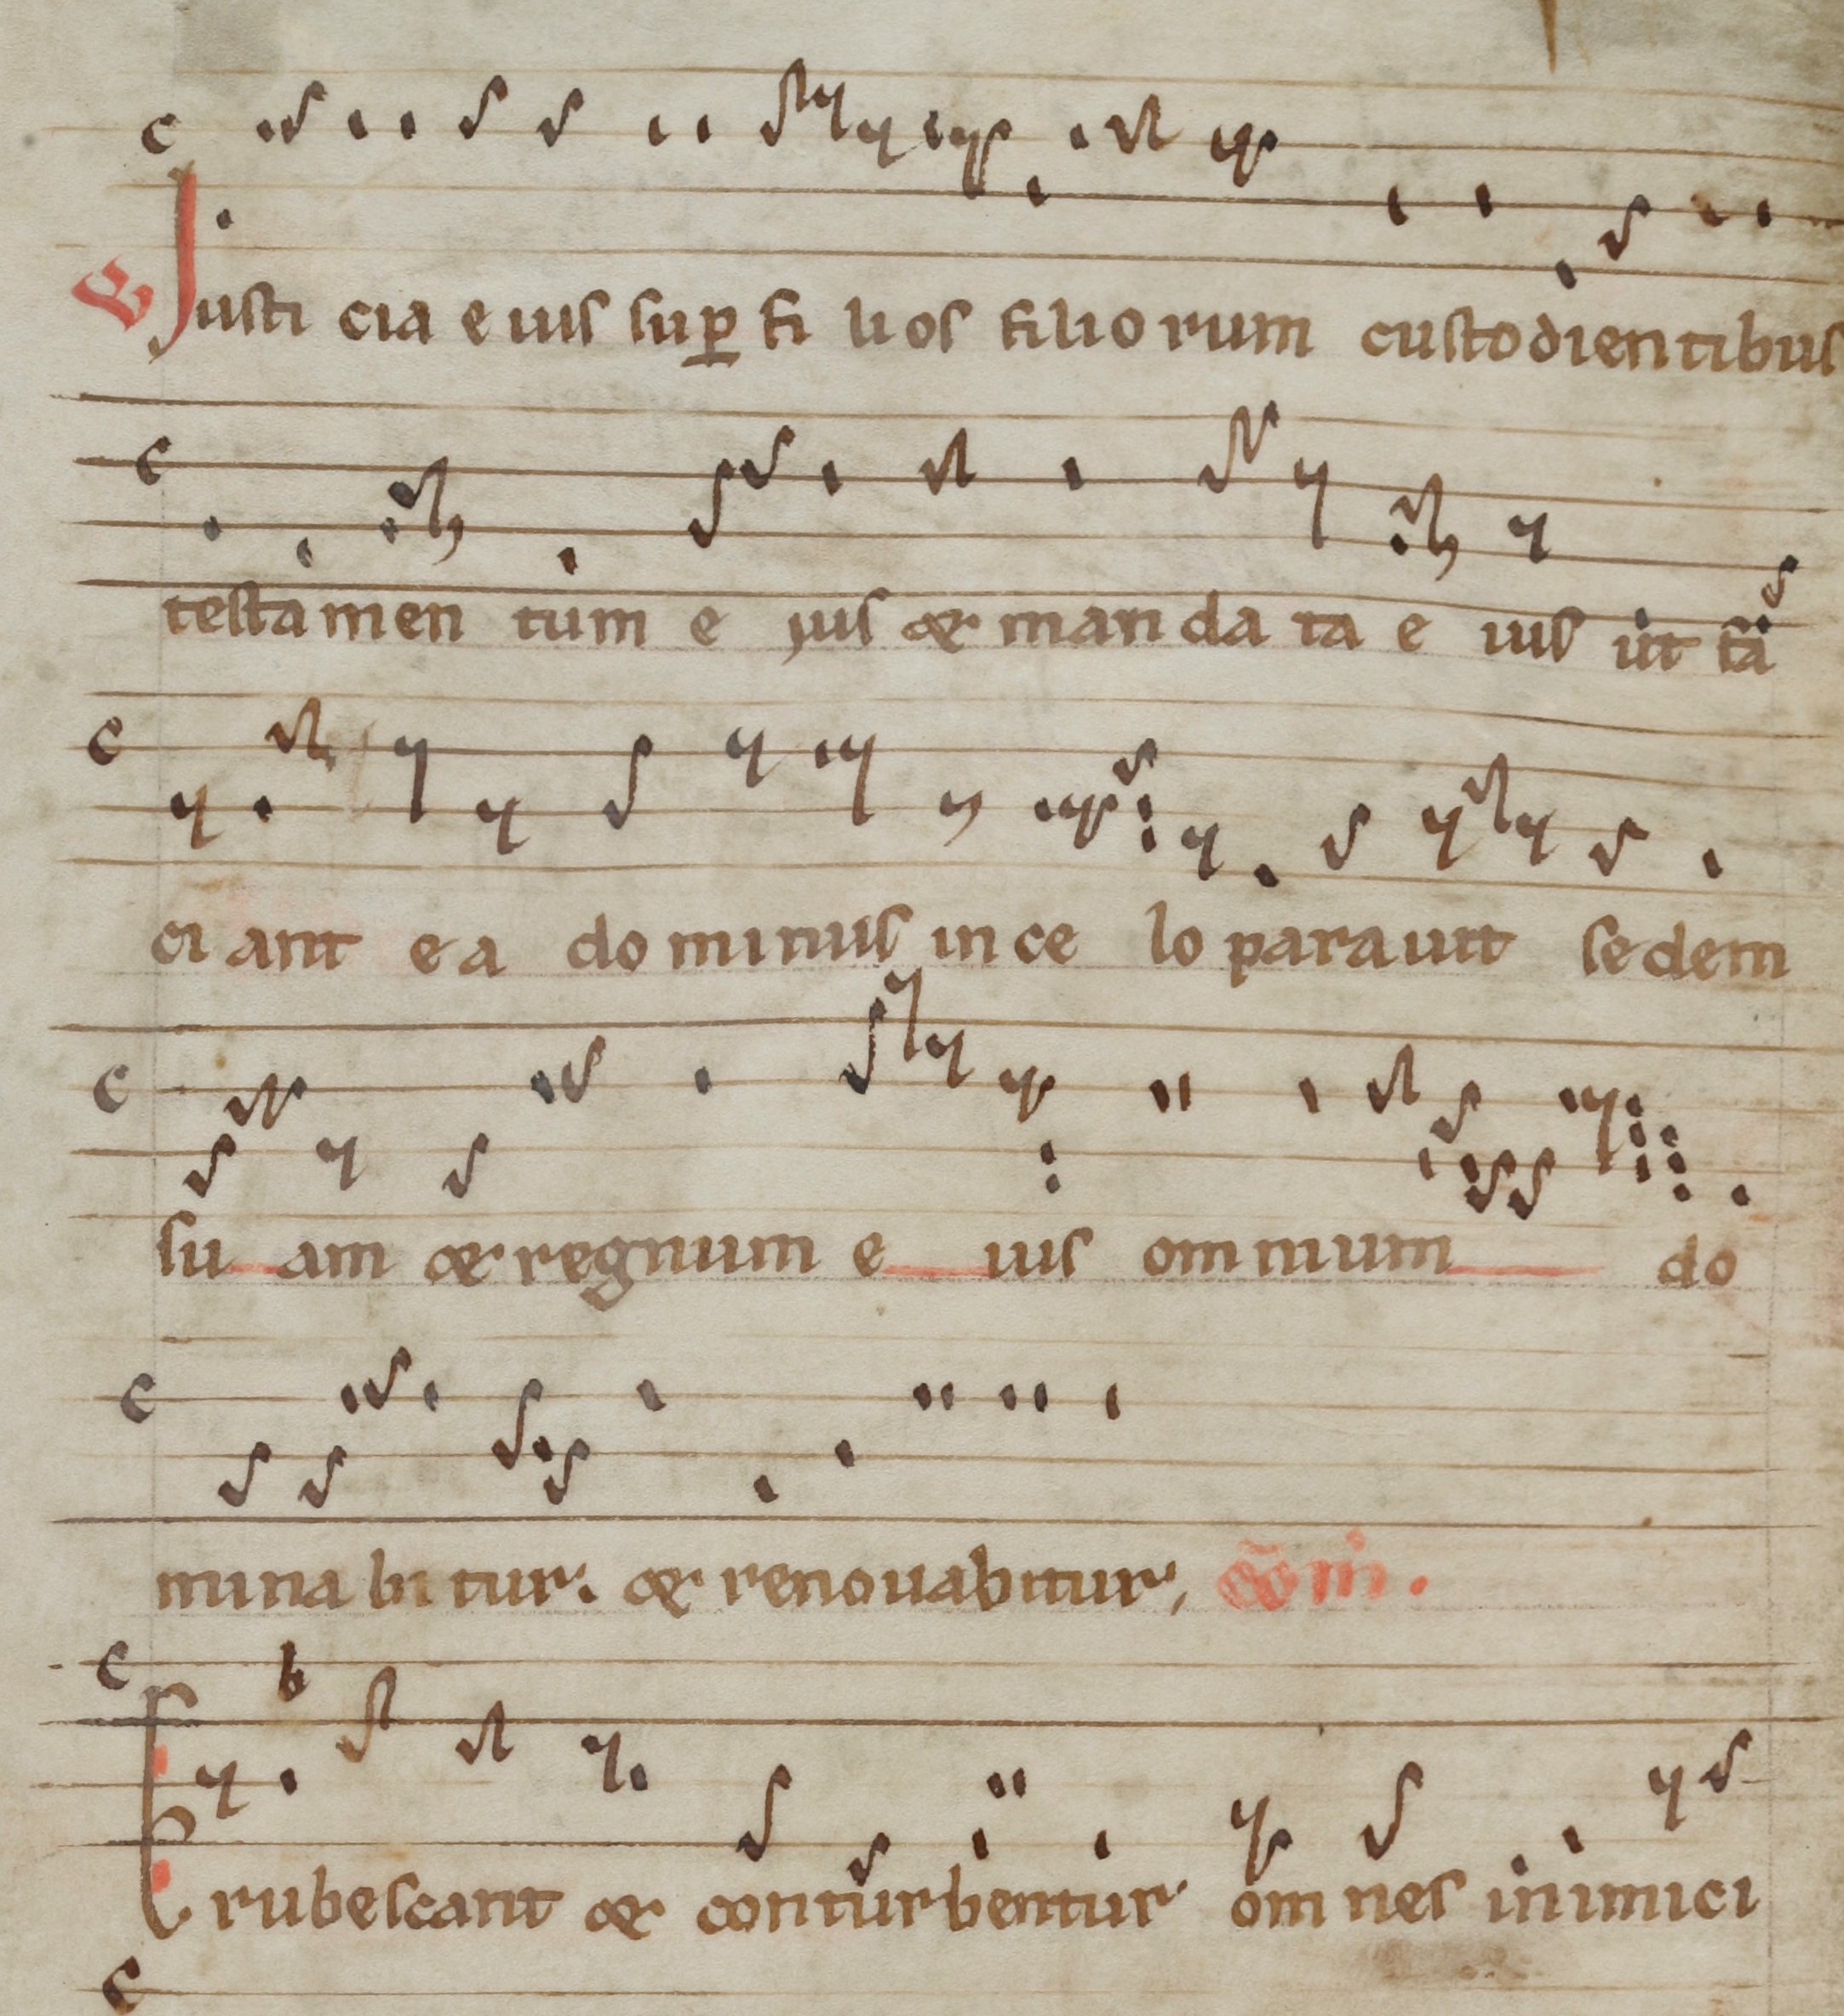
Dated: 1140–1170